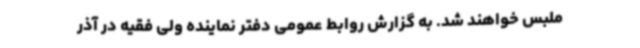
ملبس خواهند شد. به گزارش روابط عمومی دفتر نماینده ولی فقیه در آذر